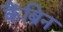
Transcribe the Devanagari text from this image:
कैंब्रिन